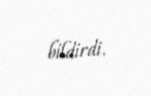
bildirdi.